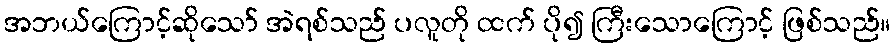
အဘယ်ကြောင့်ဆိုသော် အဲရစ်သည် ပလူတို ထက် ပို၍ ကြီးသောကြောင့် ဖြစ်သည်။